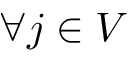
\forall j \in V